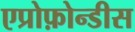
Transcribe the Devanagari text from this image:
एप्रोफ़ोन्डीस